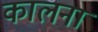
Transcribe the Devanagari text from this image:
कालना